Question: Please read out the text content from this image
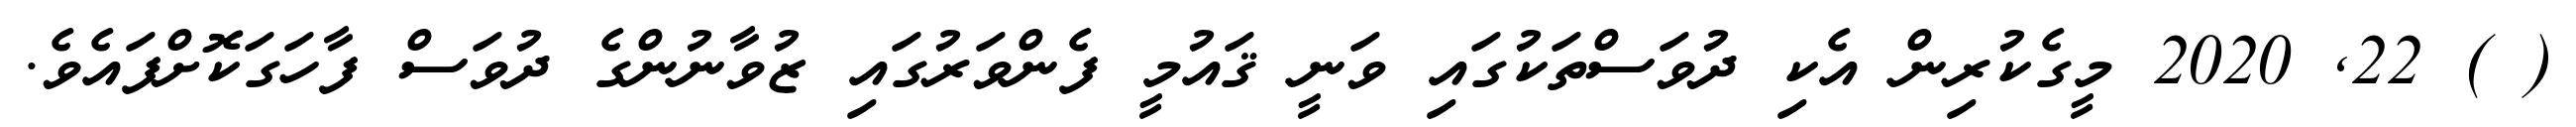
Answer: ( ) 22, 2020 މީގެކުރިން އެކި ދުވަސްތަކުގައި ވަނީ ޤައުމީ ފެންވަރުގައި ޒުވާނުންގެ ދުވަސް ފާހަގަކޮށްފައެވެ.